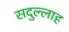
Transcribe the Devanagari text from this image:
सदुल्‍लाह